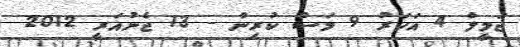
ޖަމީލް 4 އަހަރު 9 މަސް ކުރިން - 13 ޖެނުއަރީ 2012